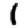
Digit: 1